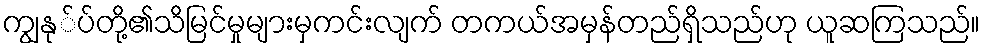
ကျွနု်ပ်တို့၏သိမြင်မှုများမှကင်းလျက် တကယ်အမှန်တည်ရှိသည်ဟု ယူဆကြသည်။